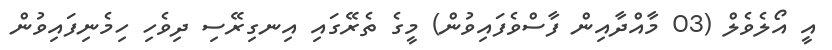
އީ އޯލެވެލް (03 މާއްދާއިން ފާސްވެފައިވުން) މީގެ ތެރޭގައި އިނގިރޭސި ދިވެހި ހިމެނިފައިވުން